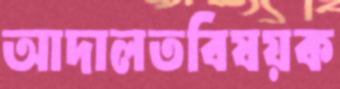
আদালতবিষয়ক